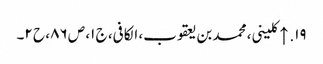
۱۹. ↑ کلینی، محمد بن یعقوب، الکافی، ج ۱، ص ۸۶، ح ۲۔